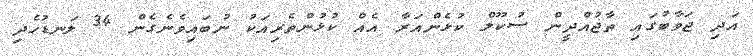
އަދި ޖަވާބުގައި ތާޖުއްދީން ސުކޫލް ކުޅެންއަރާ އެއް ކުޅުންތެރިއަކު ނުބައިވެނެގެން 34 ލަނޑުހެދި